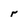
Character: r